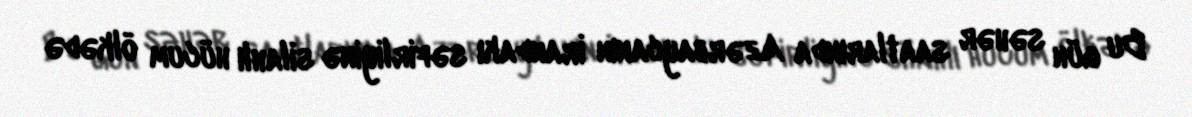
Bu gün səhər saatlarında Azərbaycanın İrandakı səfirliyinə silahlı hücum ölkədə